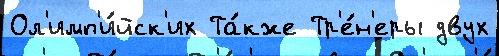
Ол'имп'и́йск'их Та́кже Тр'е́н'еры двух